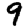
Digit: 9